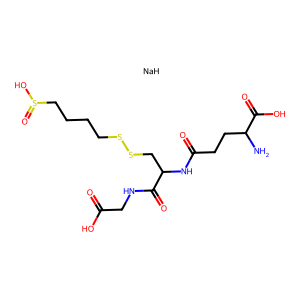
SMILES: NC(CCC(=O)NC(CSSCCCCS(=O)O)C(=O)NCC(=O)O)C(=O)O.[NaH]
Inhibits HIV replication: No